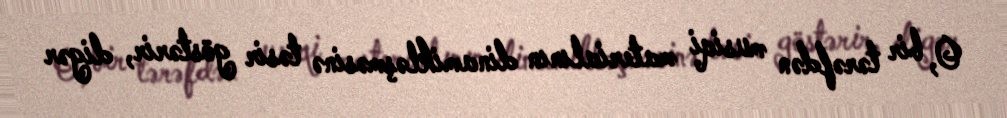
O, bir tərəfdən musiqi materialının dinamikləşməsinə təsir göstərir, digər